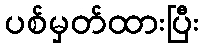
ပစ်မှတ်ထားပြီး